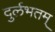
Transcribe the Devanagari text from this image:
दुर्लभतम्